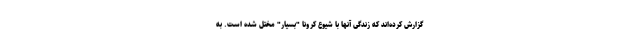
گزارش کرده‌اند که زندگی آنها با شیوع کرونا "بسیار" مختل شده است. به